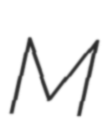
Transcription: M